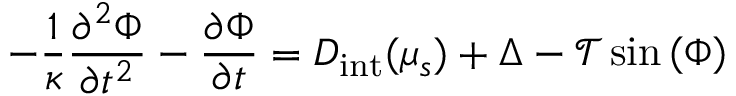
- \frac { 1 } { \kappa } \frac { \partial ^ { 2 } \Phi } { \partial { t } ^ { 2 } } - \frac { \partial \Phi } { \partial { t } } = D _ { \mathrm { i n t } } ( \mu _ { s } ) + \Delta - \mathcal { T } \sin { \left( \Phi \right) }